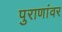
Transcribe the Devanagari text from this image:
पुराणांवर